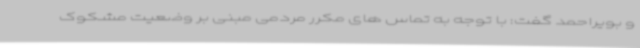
و بویراحمد گفت: با توجه به تماس های مکرر مردمی مبنی بر وضعیت مشکوک